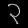
Digit: ၃